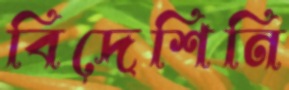
বিদেশিনি